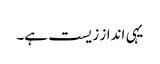
یہی انداز زیست ہے۔